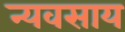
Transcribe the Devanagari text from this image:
न्यवसाय